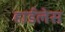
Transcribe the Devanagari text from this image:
हार्डलेस